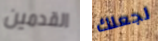
القدمين لجعلك